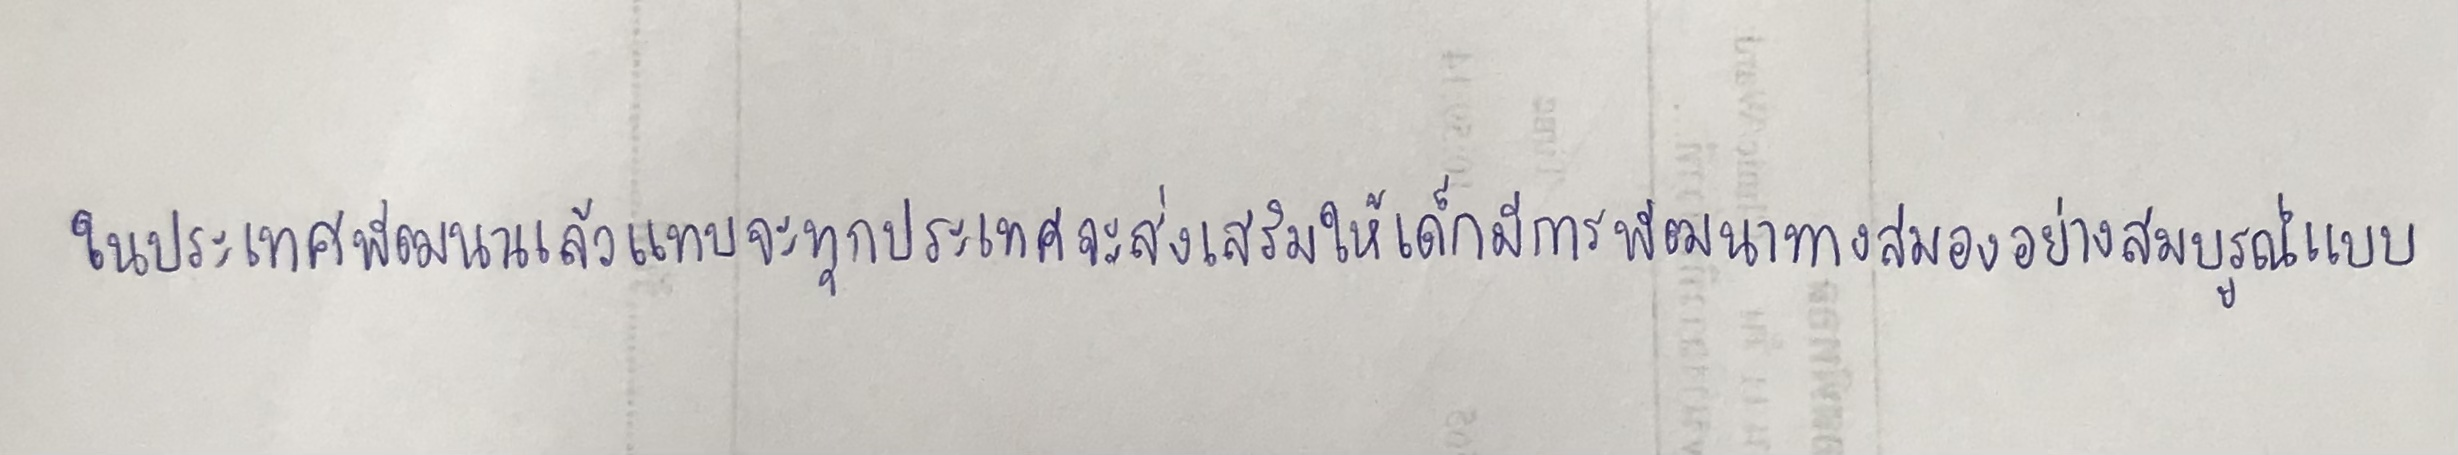
ในประเทศพัฒนาแล้วแทบจะทุกประเทศจะส่งเสริมให้เด็กมีการพัฒนาทางสมองอย่างสมบูรณ์แบบ